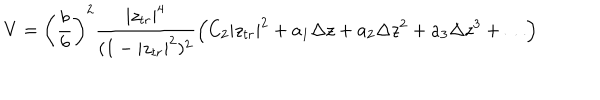
V = \left( \frac { b } { 6 } \right) ^ { 2 } \frac { | z _ { t r } | ^ { 4 } } { ( 1 - | z _ { t r } | ^ { 2 } ) ^ { 2 } } \left( C _ { 2 } | z _ { t r } | ^ { 2 } + a _ { 1 } \Delta z + a _ { 2 } \Delta z ^ { 2 } + a _ { 3 } \Delta z ^ { 3 } + \ldots \right)